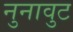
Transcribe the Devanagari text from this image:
नुनावुट